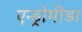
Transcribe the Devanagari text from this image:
एन्ड्रोमीडा